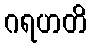
ဂရဟတိ